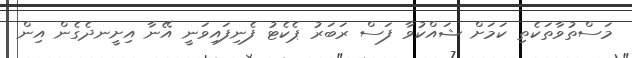
މަސްތުވާތަކެތި ކަމަށް ޝައްކުވާ ފަސް ރަބަރު ޕެކެޓު ފެނިފައިވަނީ އޭނާ އިށީނދެގެން އިން